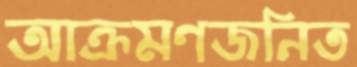
আক্রমণজনিত